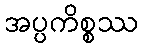
အပ္ပကိစ္စဿ